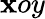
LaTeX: \mathbf{x}oy